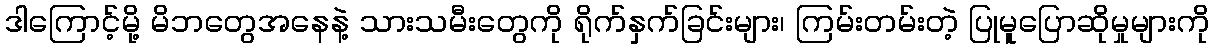
ဒါကြောင့်မို့ မိဘတွေအနေနဲ့ သားသမီးတွေကို ရိုက်နှက်ခြင်းများ၊ ကြမ်းတမ်းတဲ့ ပြုမူပြောဆိုမှုများကို